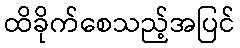
ထိခိုက်စေသည့်အပြင်